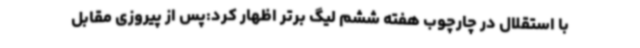
با استقلال در چارچوب هفته ششم لیگ برتر اظهار کرد:پس از پیروزی مقابل